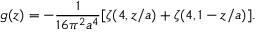
g ( z ) = - \frac { 1 } { 1 6 \pi ^ { 2 } a ^ { 4 } } [ \zeta ( 4 , z / a ) + \zeta ( 4 , 1 - z / a ) ] .